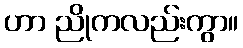
ဟာ ညိုကလည်းကွာ။